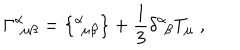
\Gamma ^ { \alpha } { } _ { \! \mu \beta } = \big \{ { } ^ { \alpha } { } _ { \! \mu \beta } \big \} + \frac { 1 } { 3 } \delta ^ { \alpha } { } _ { \! \beta } T _ { \mu } \; ,